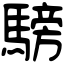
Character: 騯